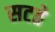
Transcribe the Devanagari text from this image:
सटते